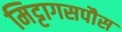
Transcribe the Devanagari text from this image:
मिट्टागसपौस